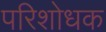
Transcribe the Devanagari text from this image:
परिशोधक